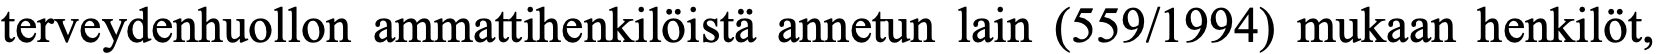
terveydenhuollon ammattihenkilöistä annetun lain (559/1994) mukaan henkilöt,